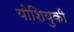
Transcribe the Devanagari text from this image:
योशियुकी